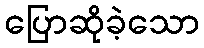
ပြောဆိုခဲ့သော